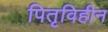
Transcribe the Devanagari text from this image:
पितृविहीन